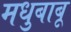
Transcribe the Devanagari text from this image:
मधुबाबू